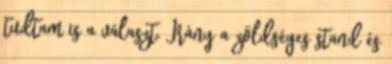
tudtam is a választ. Irány a zöldséges stand és